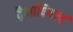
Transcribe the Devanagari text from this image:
द्वैभाषिकाचं